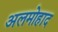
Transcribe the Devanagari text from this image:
अलमोहाद